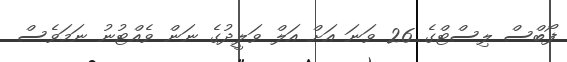
ފޯބްސް ލިސްޓްގެ 26 ވަނަ އަށް އަލް ވަލީދުގެ ނަން ވެއްޓުނު ނަމަވެސް